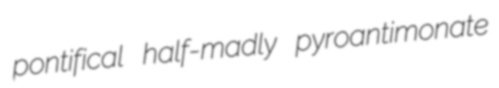
pontifical half-madly pyroantimonate